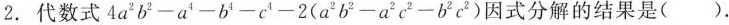
2.代数式 $$4a^{2} b^{2}-a^{4}-b^{4}-c^{4}-2(a^{2}b^{2}-a^{2}c^{2}-b^{2}c ^{2})$$因式分解的结果是( ).